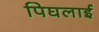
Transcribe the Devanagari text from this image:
पिघलाई